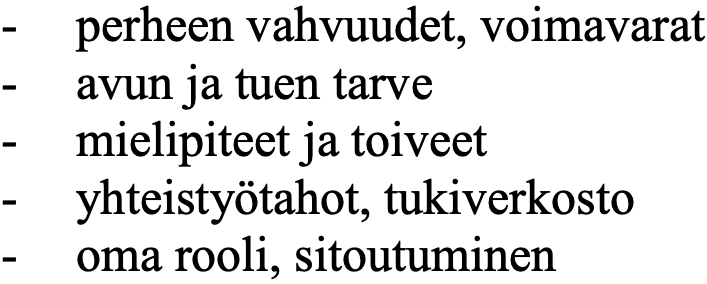
- perheen vahvuudet, voimavarat - avun ja tuen tarve - mielipiteet ja toiveet - yhteistyötahot, tukiverkosto - oma rooli, sitoutuminen